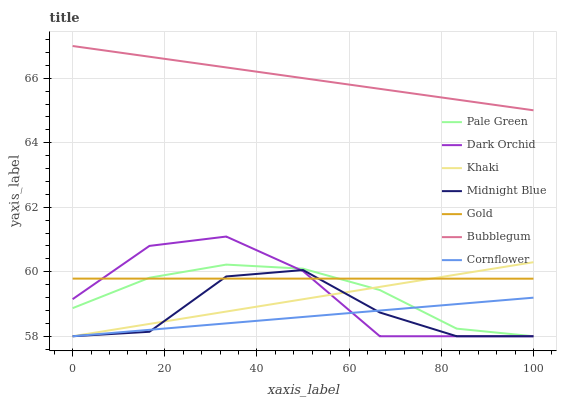
| xaxis_label | Pale Green | Dark Orchid | Khaki | Midnight Blue | Gold | Bubblegum | Cornflower |
 | --- | --- | --- | --- | --- | --- | --- | --- |
 | 0 | 58.9 | 59.2 | 58 | 58 | 59.8 | 67 | 58 |
 | 16.7 | 59.8 | 60.8 | 58.4 | 58.1 | 59.8 | 66.7 | 58.2 |
 | 33.3 | 60.2 | 61.1 | 58.8 | 59.9 | 59.8 | 66.3 | 58.4 |
 | 50 | 60.1 | 60 | 59.1 | 60.1 | 59.8 | 66 | 58.6 |
 | 66.7 | 59.4 | 58 | 59.5 | 58.7 | 59.8 | 65.7 | 58.8 |
 | 83.3 | 58.2 | 58 | 59.9 | 58 | 59.8 | 65.3 | 59 |
 | 100 | 58 | 58 | 60.3 | 58 | 59.8 | 65 | 59.2 |